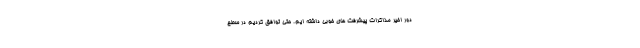
دور اخیر مذاکرات پیشرفت های خوبی داشته ایم. حتی توافق کردیم در سطح